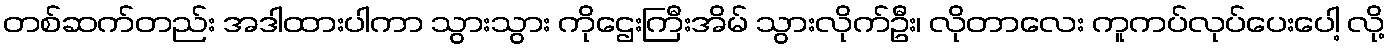
တစ်ဆက်တည်း အဒါထားပါကာ သွားသွား ကိုဌေးကြီးအိမ် သွားလိုက်ဦး၊ လိုတာလေး ကူကပ်လုပ်ပေးပေါ့ လို့